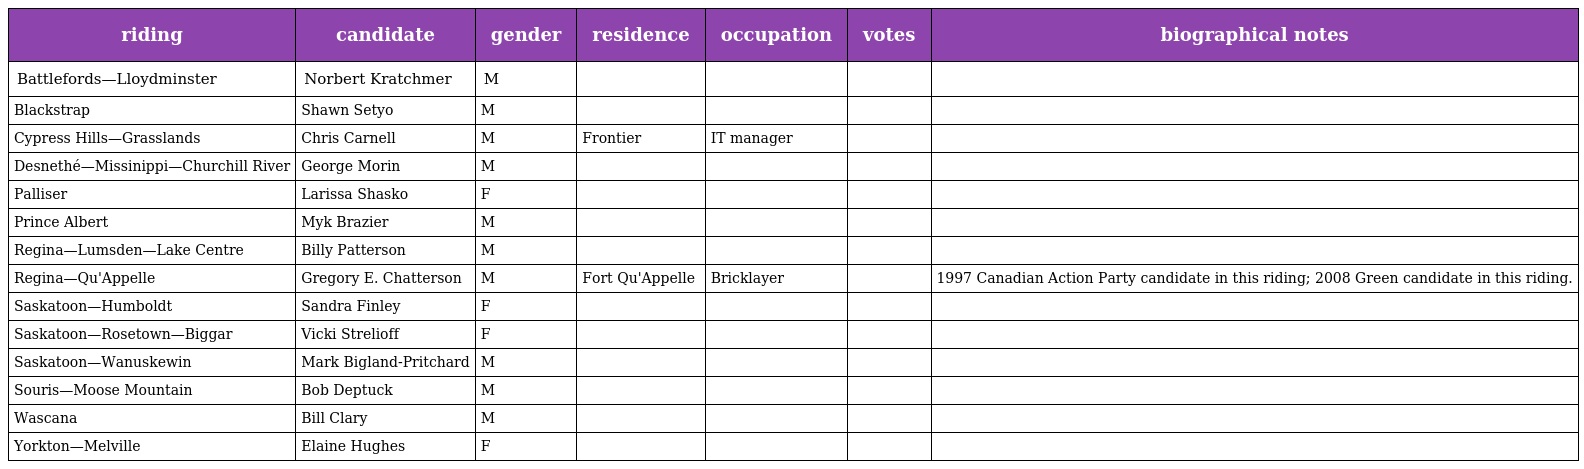
| riding | candidate | gender | residence | occupation | votes | biographical notes |
 | --- | --- | --- | --- | --- | --- | --- |
 | Battlefords—Lloydminster | Norbert Kratchmer | M |  |  |  |  |
 | Blackstrap | Shawn Setyo | M |  |  |  |  |
 | Cypress Hills—Grasslands | Chris Carnell | M | Frontier | IT manager |  |  |
 | Desnethé—Missinippi—Churchill River | George Morin | M |  |  |  |  |
 | Palliser | Larissa Shasko | F |  |  |  |  |
 | Prince Albert | Myk Brazier | M |  |  |  |  |
 | Regina—Lumsden—Lake Centre | Billy Patterson | M |  |  |  |  |
 | Regina—Qu'Appelle | Gregory E. Chatterson | M | Fort Qu'Appelle | Bricklayer |  | 1997 Canadian Action Party candidate in this riding; 2008 Green candidate in this riding. |
 | Saskatoon—Humboldt | Sandra Finley | F |  |  |  |  |
 | Saskatoon—Rosetown—Biggar | Vicki Strelioff | F |  |  |  |  |
 | Saskatoon—Wanuskewin | Mark Bigland-Pritchard | M |  |  |  |  |
 | Souris—Moose Mountain | Bob Deptuck | M |  |  |  |  |
 | Wascana | Bill Clary | M |  |  |  |  |
 | Yorkton—Melville | Elaine Hughes | F |  |  |  |  |